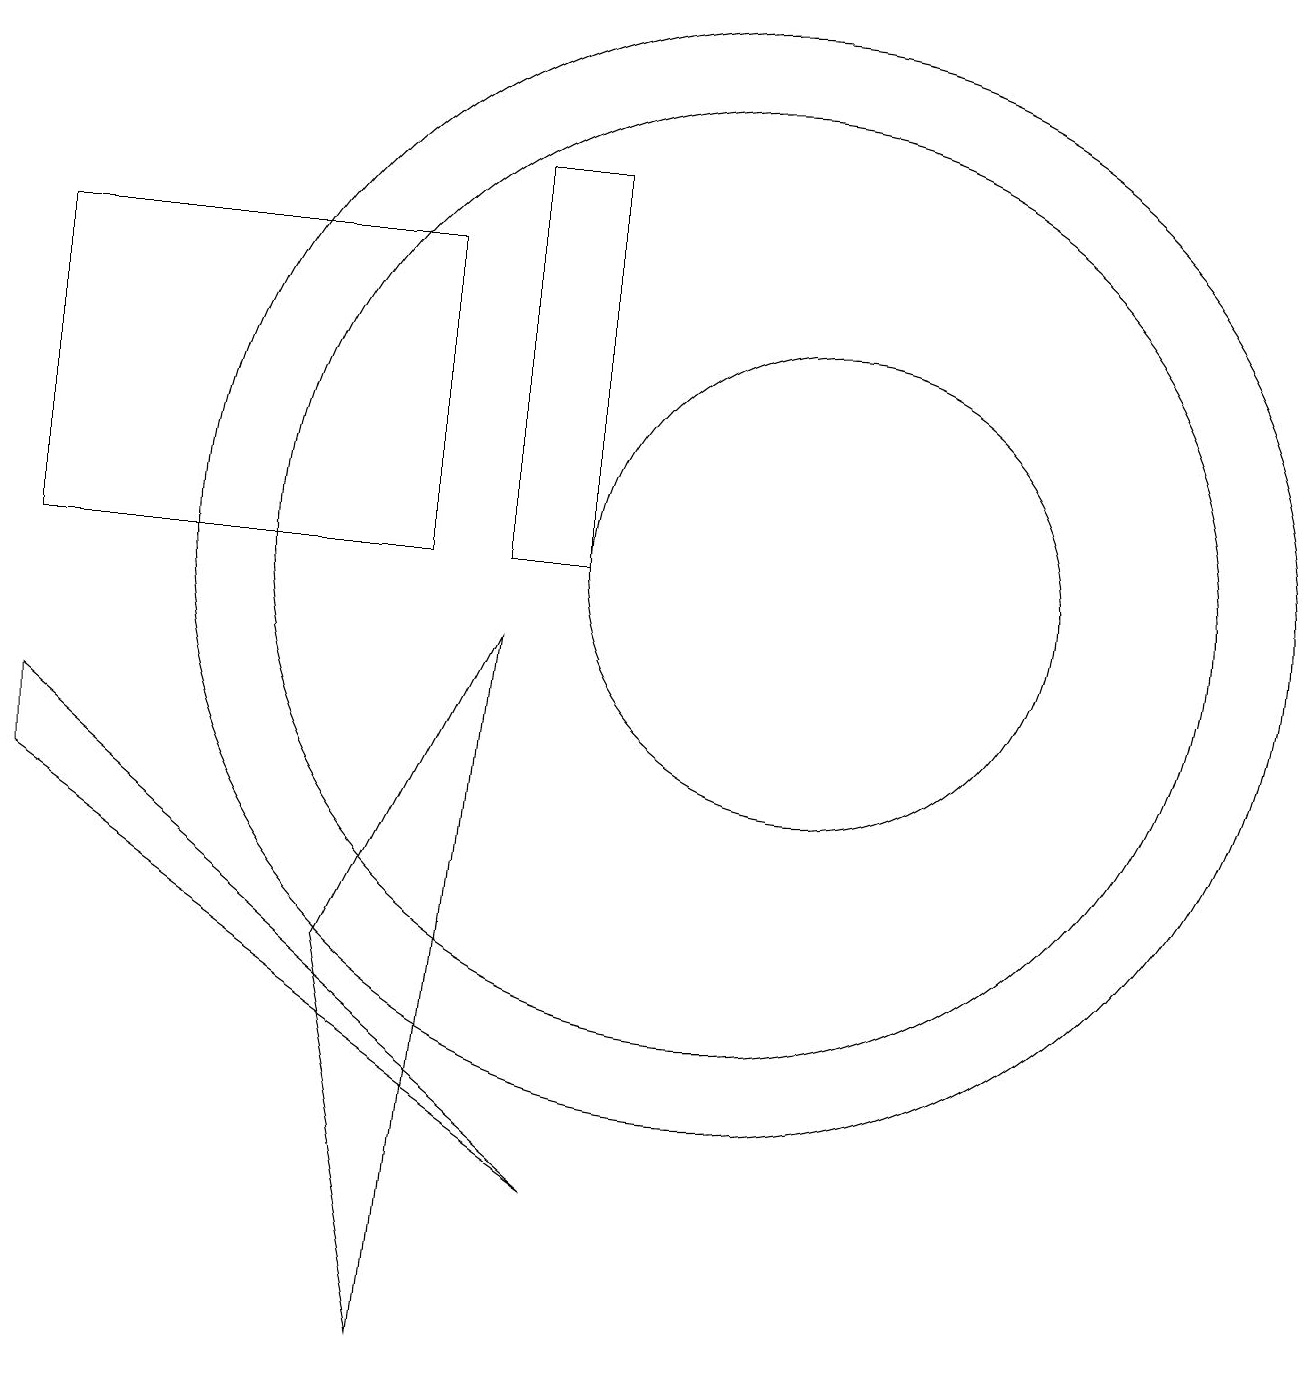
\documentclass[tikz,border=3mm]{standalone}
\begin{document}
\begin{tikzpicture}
\draw (1,7) -- (8,2) -- (1,8) -- cycle;
\draw (8,10) rectangle (7,15);
\draw (11,10) circle (3);
\draw (10,10) circle (7);
\draw (5,5) -- (7,9) -- (6,0) -- cycle;
\draw (6,10) rectangle (1,14);
\draw (10,10) circle (6);
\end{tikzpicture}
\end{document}